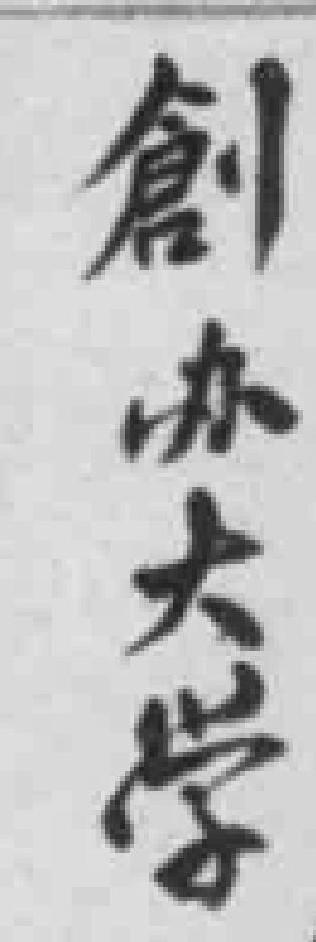
創办大学